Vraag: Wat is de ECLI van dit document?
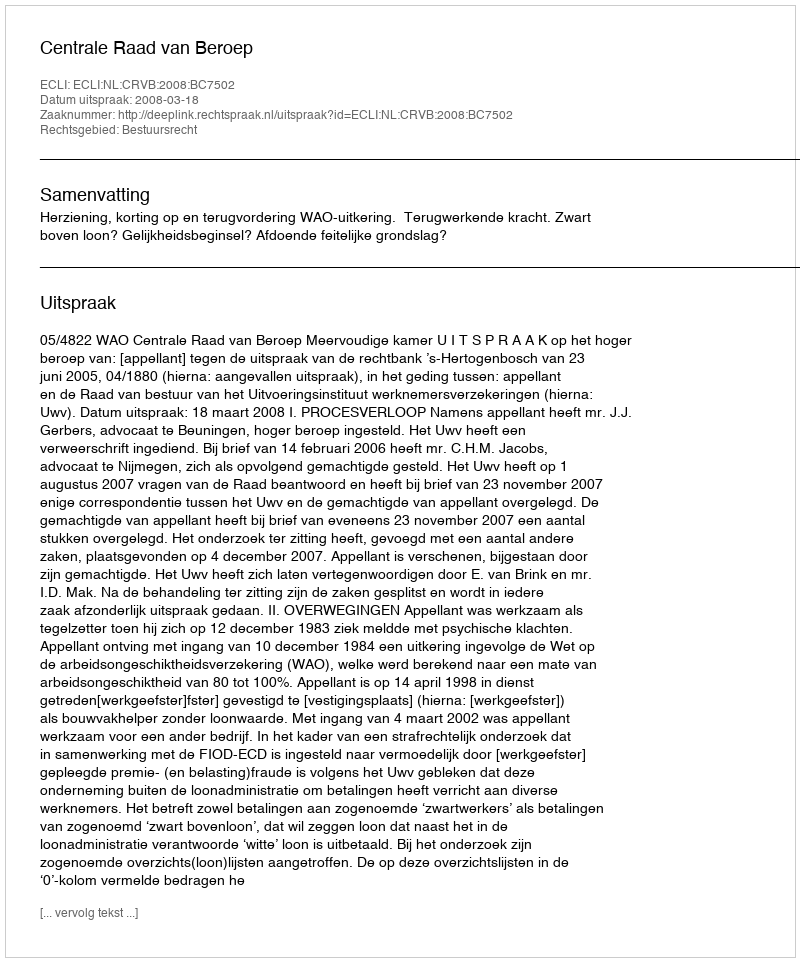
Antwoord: ECLI:NL:CRVB:2008:BC7502